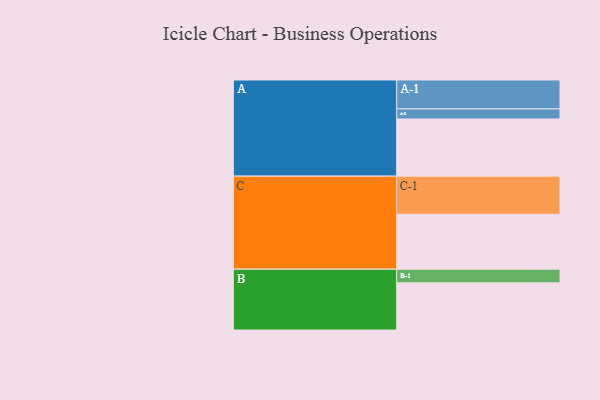
{"axis": {"x": "Segment", "y": "Value"}, "legend": ["", "A", "B", "C"], "data": [{"x": "A", "y": 406, "type": ""}, {"x": "B", "y": 335, "type": ""}, {"x": "C", "y": 390, "type": ""}, {"x": "A-1", "y": 205, "type": "A"}, {"x": "A-2", "y": 72, "type": "A"}, {"x": "B-1", "y": 97, "type": "B"}, {"x": "C-1", "y": 271, "type": "C"}]}